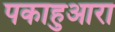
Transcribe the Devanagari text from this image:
पकाहुआरा